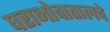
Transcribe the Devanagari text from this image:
घराभोवातालचे